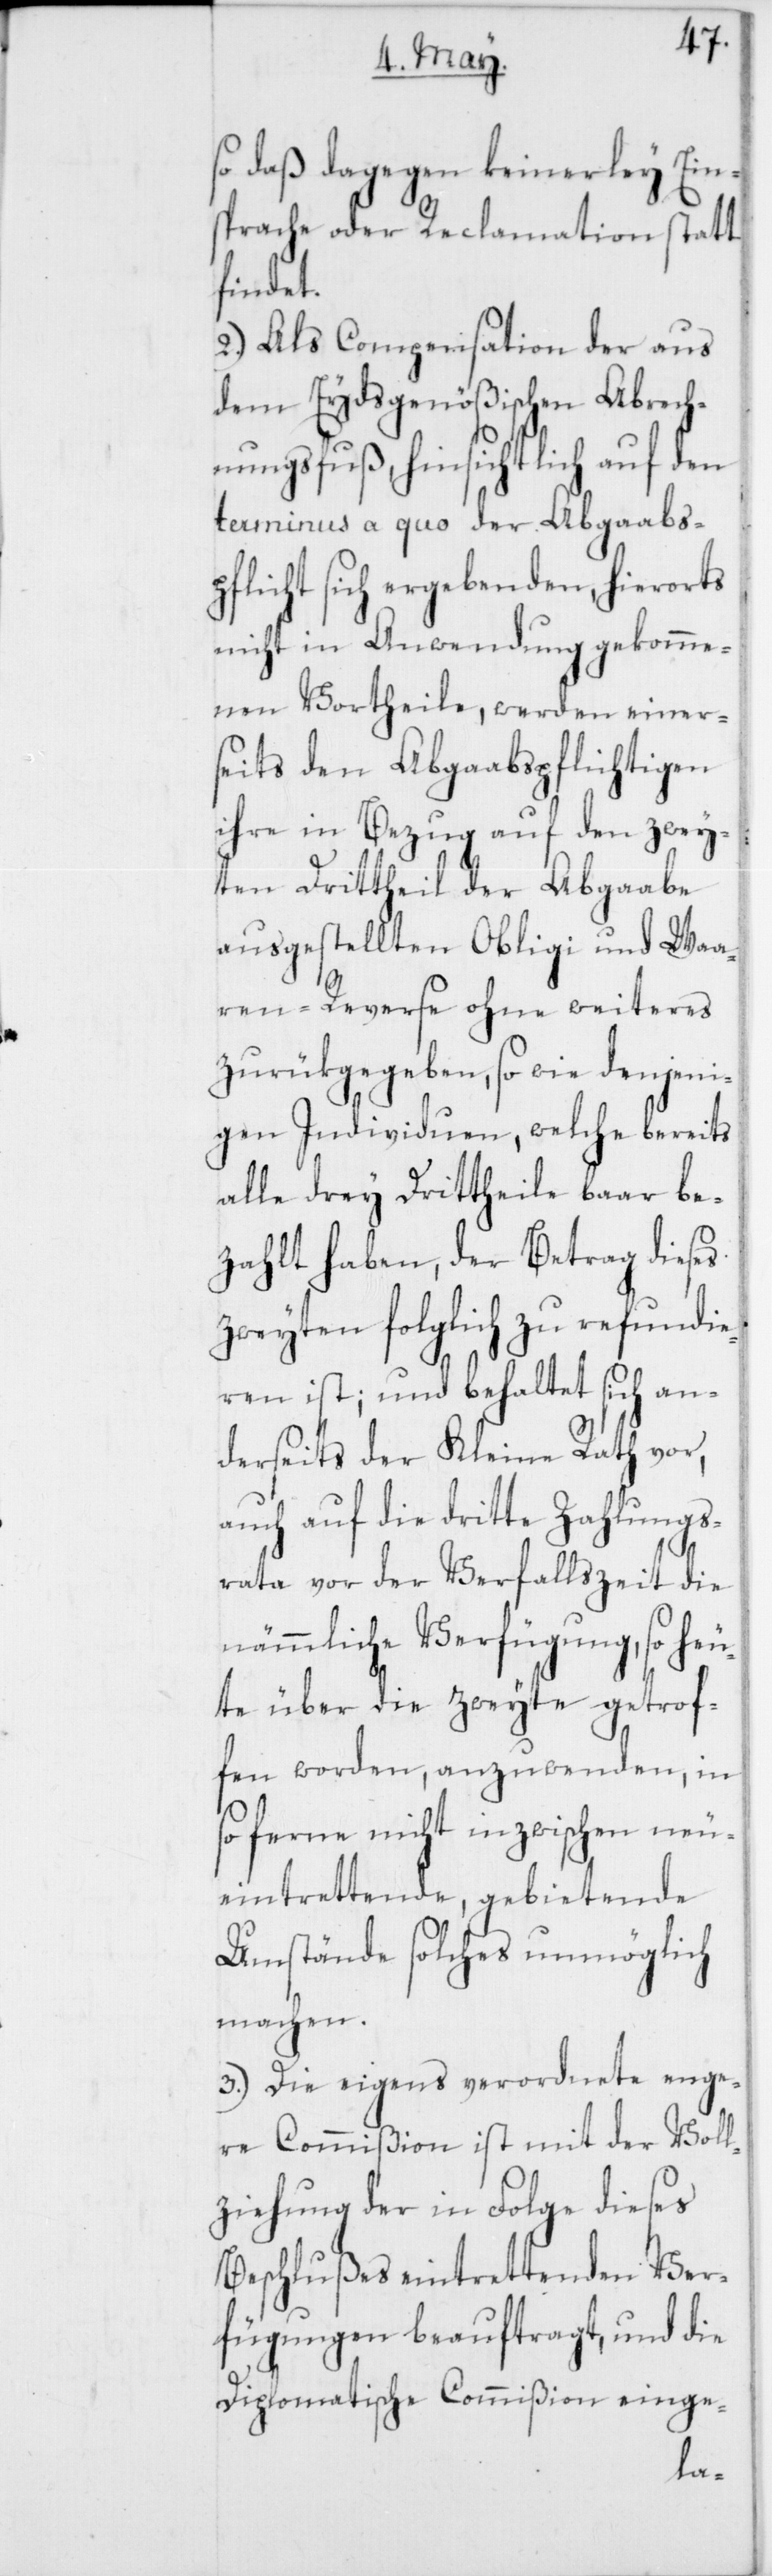
daß dagegen keinerley Ein¬
sprache oder Reclamation statt
den, in
2.) Als Compensation der aus
dem Eydsgenößischen Abrech¬
nungsfuß, hinsichtlich auf den
terminus a quo der Abgaabs¬
pflicht sich ergebenden, hierorts
nicht in Anwendung gekomme¬
nen Vortheile, werden einer¬
seits den Abgaabspflichtigen
ihre in Bezug auf den zwey¬
ten Drittheil der Abgaabe
ausgestellten Obligi und Waa¬
ren-Reserve ohne weiteres
zurükgegeben, so wie denjeni¬
gen Individuen, welche bereits
alle drei Drittheile baar be¬
zahlt haben, der Betrag dieses
zweyten folglich zu refundi¬
eren ist, und behaltet sich an¬
derseits der Kleine Rath vor,
auch auf die dritte Zahlungs¬
heu¬
rata vor der Verfallszeit die
nämmliche Verfügung, so
te über die zweyte getrof¬
fen worden, anzuwen¬
so ferne nicht inzwischen neu¬
eintrettende gebietende
Umstände solches unmöglich
machen.
3.) Die eigens verordnete enge¬
re Commißion ist mit der Voll¬
ziehung der in Folge dieses
Beschlußes eintrettenden Ver¬
fügungen beauftragt, und die
Diplomatische Commißion einge-